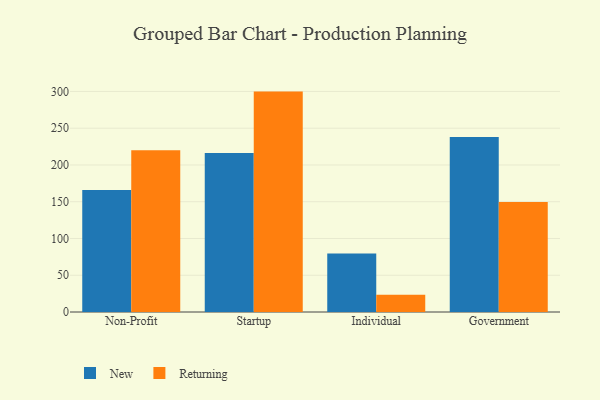
{"axis": {"x": "Segment", "y": "Operating Costs (USD K)"}, "legend": ["New", "Returning"], "data": [{"x": "Non-Profit", "y": 165.9, "type": "New"}, {"x": "Non-Profit", "y": 219.9, "type": "Returning"}, {"x": "Startup", "y": 216.3, "type": "New"}, {"x": "Startup", "y": 299.8, "type": "Returning"}, {"x": "Individual", "y": 79.7, "type": "New"}, {"x": "Individual", "y": 23.5, "type": "Returning"}, {"x": "Government", "y": 238.2, "type": "New"}, {"x": "Government", "y": 149.7, "type": "Returning"}]}